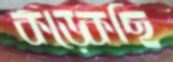
কড়্‌কেছি